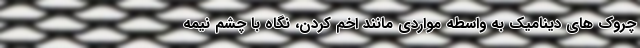
چروک های دینامیک به واسطه مواردی مانند اخم کردن، نگاه با چشم نیمه